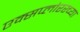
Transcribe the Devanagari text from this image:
एक्सप्लोररच्या